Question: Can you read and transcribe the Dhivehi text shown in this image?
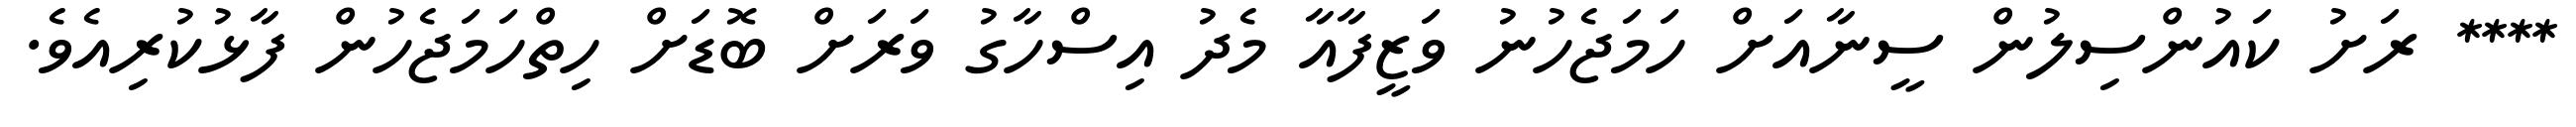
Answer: **** ރަށު ކައުންސިލުން ސީނާއަށް ހަމަޖެހުނު ވަޒީފާއާ މެދު އިސްހާގު ވަރަށް ބޮޑަށް ހިތްހަމަޖެހުން ފާޅުކުރިއެވެ.